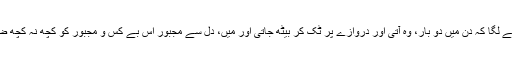
سو اب یوں ہونے لگا کہ دن میں دو بار، وہ آتی اور دروازے پر ٹک کر بیٹھ جاتی اور میں، دل سے مجبور اس بے کس و مجبور کو کچھ نہ کچھ ضرور ڈال دیتی۔